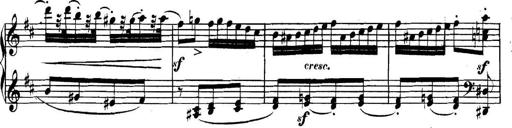
Title: Collected Piano Sonatas
Composer: Muzio Clementi